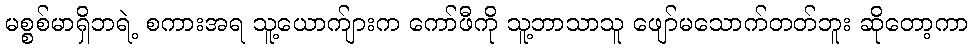
မစ္စစ်မာရှိဘရဲ့ စကားအရ သူ့ယောက်ျားက ကော်ဖီကို သူ့ဘာသာသူ ဖျော်မသောက်တတ်ဘူး ဆိုတော့ကာ